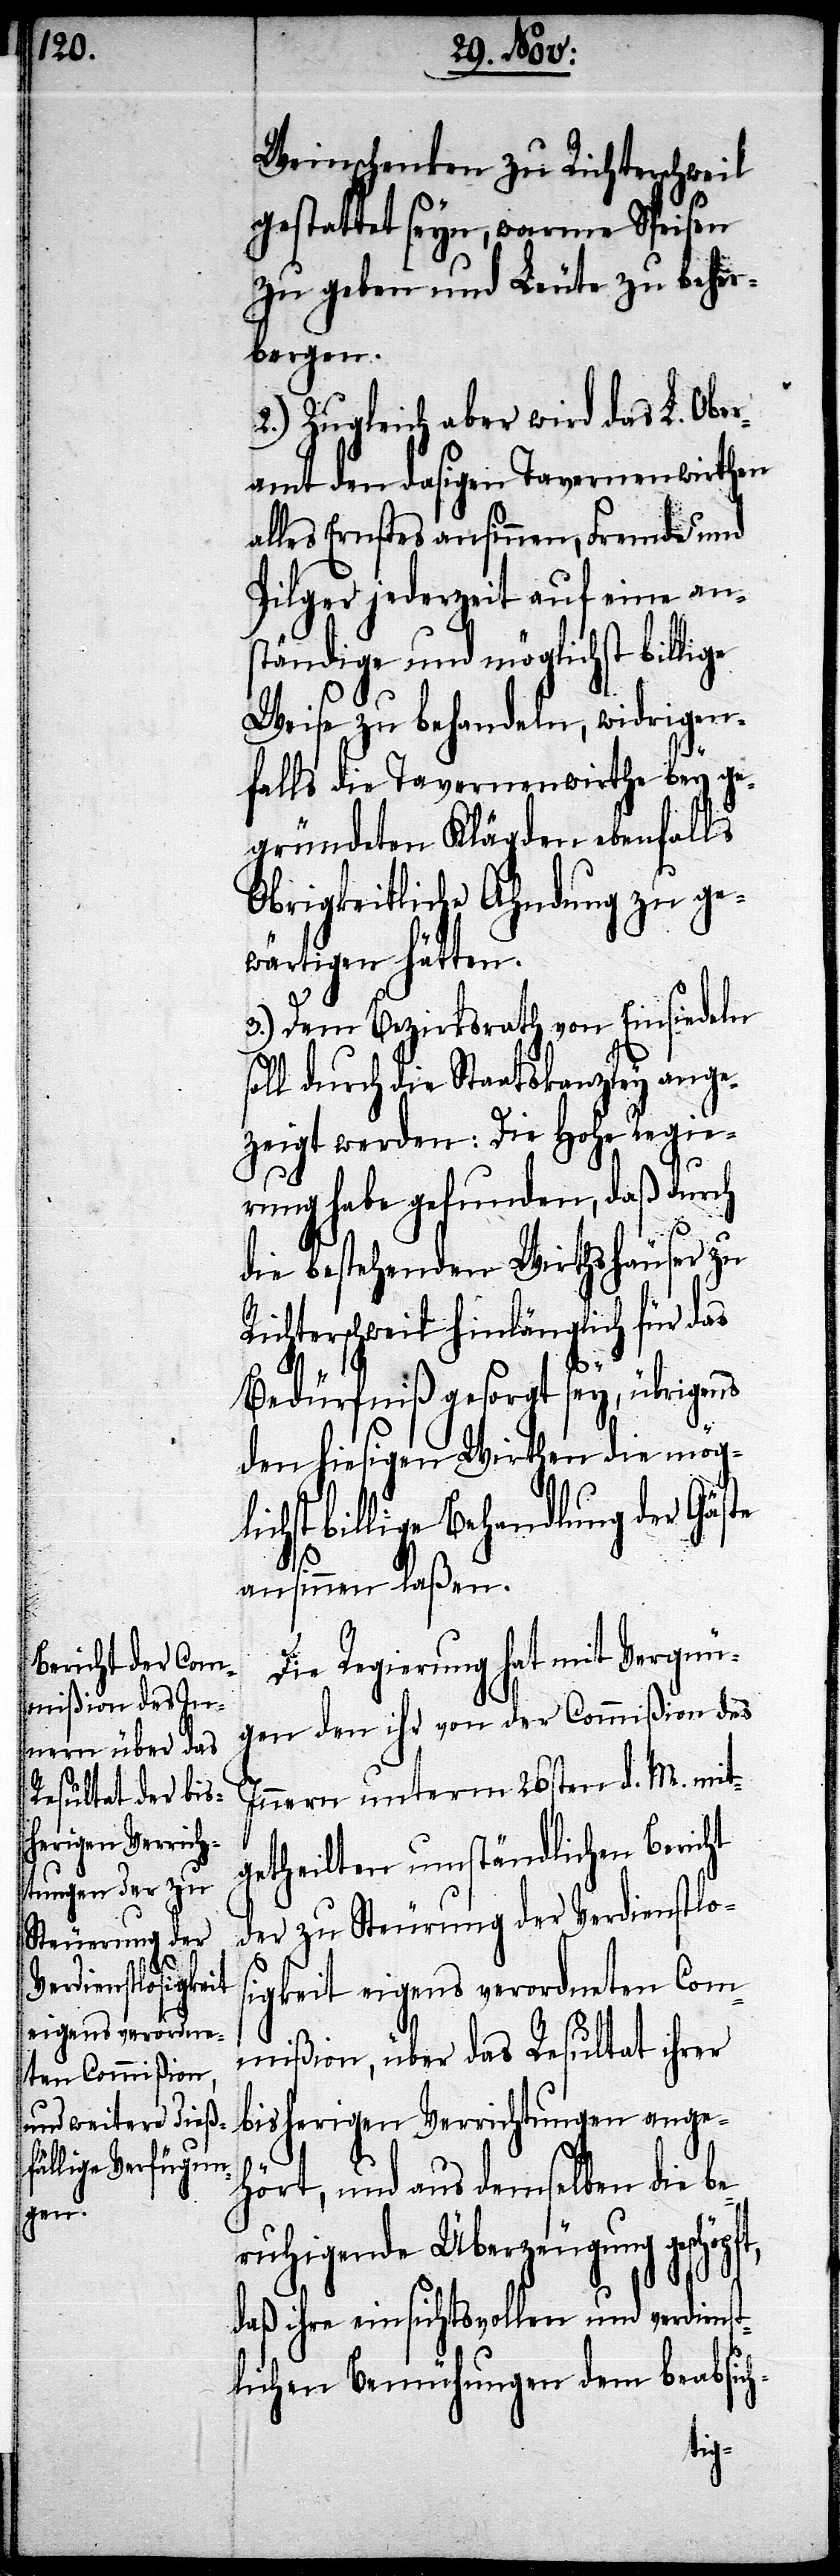
Weinschenken zu Richterschweil
gestattet seyn, warme Speisen
zu geben und Leute zu beher¬
bergen.
2.) Zugleich aber wird das L. Ober¬
amt den dasigen Tavernenwirthen
alles Ernstes ansinnen, Fremde und
Pilger jederzeit auf eine ans¬
tändige und möglichst billige
Weise zu behandeln, widrigen¬
falls die Tavernenwirthe bey ge¬
gründeten Klägden ebenfalls
Obrigkeitliche Ahndung zu ge¬
wärtigen hätten.
3.) Dem Bezirksrath von Einsiedeln
soll durch die Staatskanzley ange¬
zeigt werden: Die Hohe Regie¬
rung habe gefunden, daß durch
die bestehenden Wirthshäuser zu
Richterschweil hinlänglich für das
Bedürfniß gesorgt sey, übrigens
den hiesigen Wirthen die mög¬
hst billige Behandlung der Gäs¬
ansinnen laßen.
Die Regierung hat mit Vergnü¬
gen den ihr von der Commißion des
Innern unterm 26sten d. M. mit¬
getheilten umständlichen Bericht
der zu Steurung der Verdienstlos¬
igkeit eigens verordneten Com¬
mißion, über das Resultat ihrer
bisherigen Verrichtungen ange¬
hört, und aus demselben die be¬
ruhigende Überzeugung
daß ihre einsichtsvollen und verdienst¬
lichen Bemühungen dem beabsich-
te